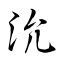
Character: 沇